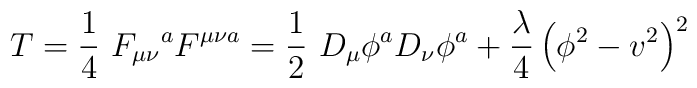
T=\frac{1}{4}\ F_{\mu \nu}\mbox{}^{a}F^{\mu \nu a}=\frac{1}{2}\ D_{\mu}\phi^aD_{\nu}\phi^a+\frac{\lambda}{4}\left(\phi^2-v^2\right)^2